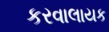
કરવાલાયક